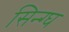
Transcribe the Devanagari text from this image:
सिन्ग्घ